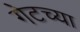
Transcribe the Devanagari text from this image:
गेटच्या